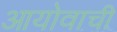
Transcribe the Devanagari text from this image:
आयोवाची